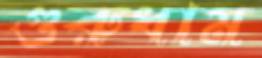
গুরুধাম